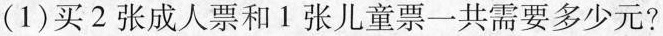
(1)买2张成人票和1张儿童票一共需要多少元?